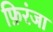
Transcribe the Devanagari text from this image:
फ़िरंजा